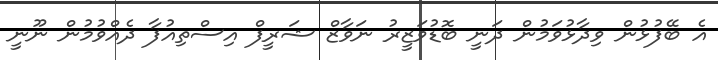
އެ ބޭފުޅުން ވިދާޅުވަމުން ދަނީ ބޮޑުވަޒީރު ނަވާޒް ޝަރީފް އިސްތިއުފާ ދެއްވުމުން ނޫނީ